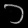
Digit: ၁